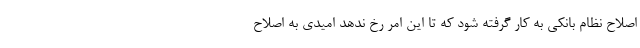
اصلاح نظام بانکی به کار گرفته شود که تا این امر رخ ندهد امیدی به اصلاح